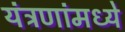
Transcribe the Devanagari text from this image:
यंत्रणांमध्ये